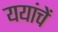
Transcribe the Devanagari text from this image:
ययांचें